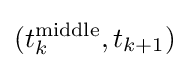
(t_{k}^{\rm {middle}},t_{k+1})